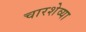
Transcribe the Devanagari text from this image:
चारशेव्या